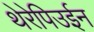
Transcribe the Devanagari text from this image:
थेरेपिउईन